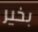
بخير